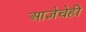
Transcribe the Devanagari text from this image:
आज्ञेचेही